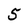
Character: 5